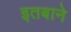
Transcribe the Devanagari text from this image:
इतबाने